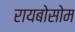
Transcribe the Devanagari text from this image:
रायबोसोम